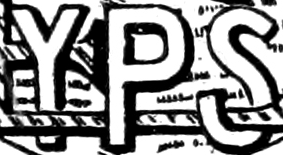
YPS